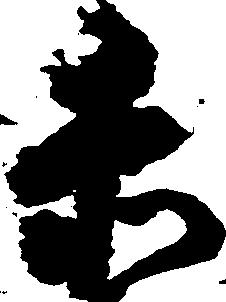
赤